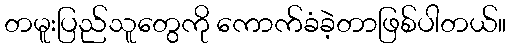
တမူးပြည်သူတွေကို ကောက်ခံခဲ့တာဖြစ်ပါတယ်။